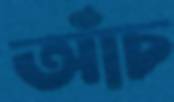
আঁচ